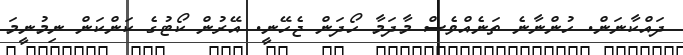
ދައްކާނަން. ހުންނާނެ ތަނެއްވެސް މާދަމާ ހޯދަން ޖެހޭނީ. އޭރުން ކޯޓުގެ ކަންކަން ނިމުނީމަ